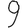
Digit: 9